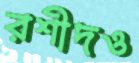
রশীদও